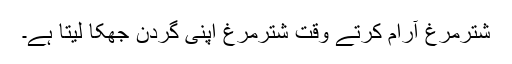
شترمرغ آرام کرتے وقت شترمرغ اپنی گردن جھکا لیتا ہے۔